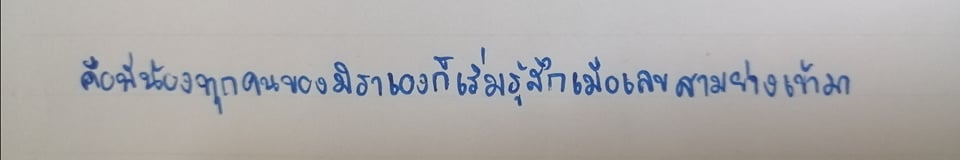
คือพี่น้องทุกคนของมิราเองก็เริ่มรู้สึกเมื่อเลขสามย่างเข้ามา